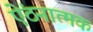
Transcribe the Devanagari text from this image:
ऐंठनात्मक